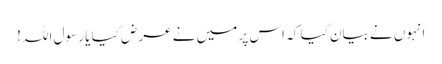
انہوں نے بیان کیا کہ اس پر میں نے عرض کیا یا رسول اللہ !